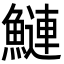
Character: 鰱